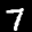
Label: 7